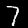
Digit: 7